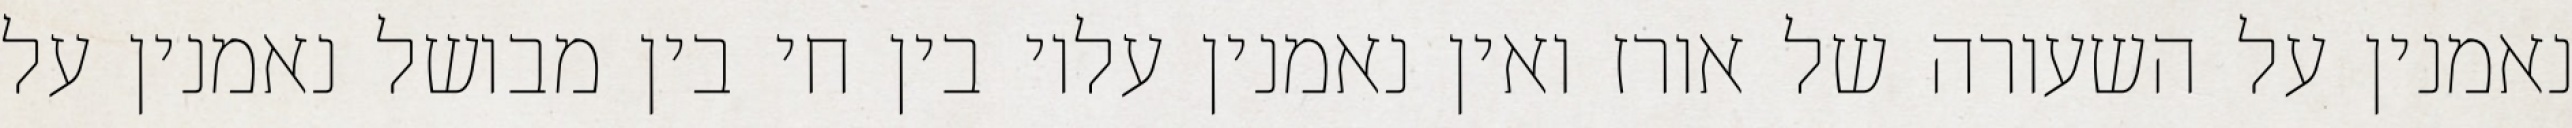
נאמנין על השעורה של אורז ואין נאמנין עליו בין חי בין מבושל נאמנין על